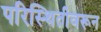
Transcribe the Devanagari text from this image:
परिस्थितीवरून